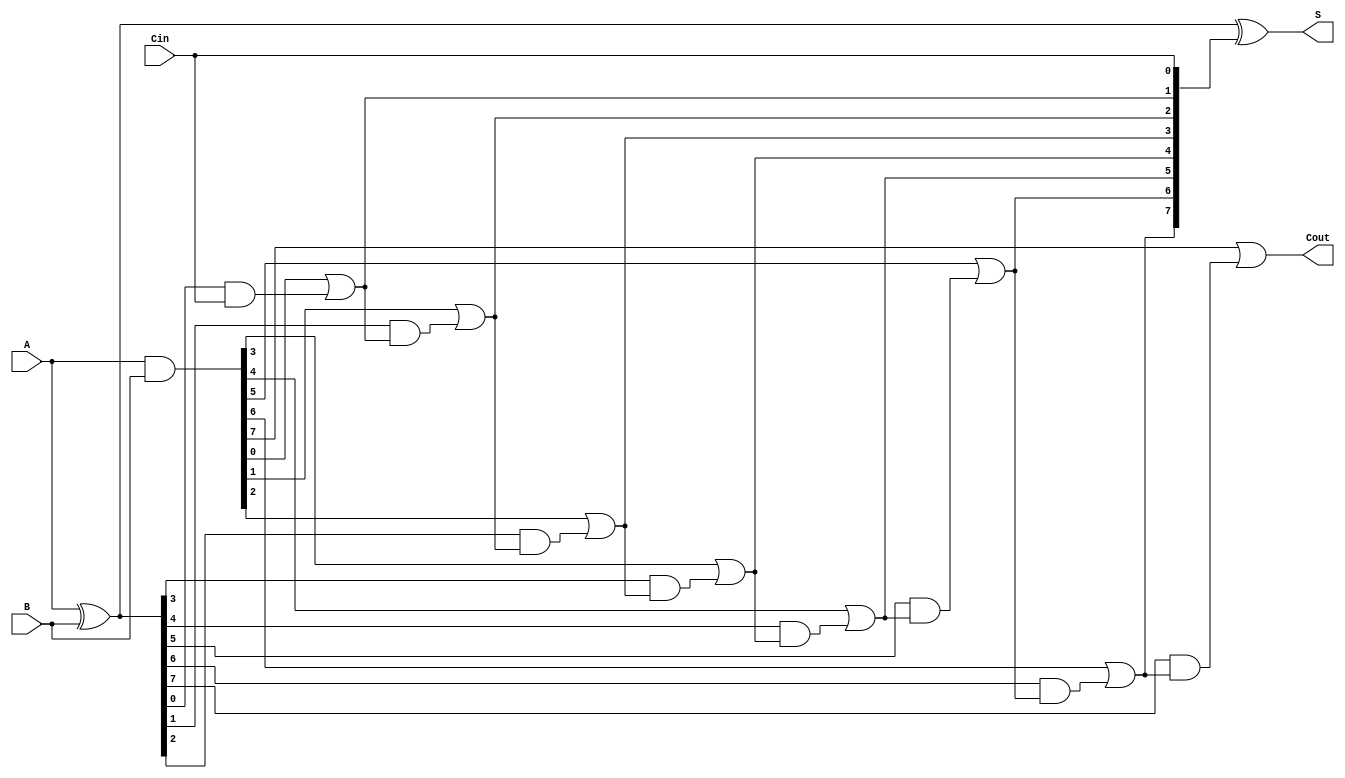
module Ling_Adder #(
    parameter N = 8 // Number of bits for A and B
)(
    input  wire [N-1:0] A,     // First n-bit binary number
    input  wire [N-1:0] B,     // Second n-bit binary number
    input  wire Cin,            // Carry-in
    output wire [N-1:0] S,      // n-bit sum output
    output wire Cout            // Carry-out
);

    wire [N-1:0] G; // Generate signals
    wire [N-1:0] P; // Propagate signals
    wire [N:0] C;   // Carry signals (C[0] = Cin, C[N] = Cout)

    // Generate and Propagate logic
    assign G = A & B;              // Generate signals
    assign P = A ^ B;              // Propagate signals

    // Carry signals generation
    assign C[0] = Cin;             // Initialize C[0] with Cin

    genvar i;
    generate
        for (i = 0; i < N; i = i + 1) begin : carry_generation
            assign C[i + 1] = G[i] | (P[i] & C[i]); // Carry generation
        end
    endgenerate

    // Sum calculation
    assign S = P ^ C[N-1:0]; // Sum output calculation

    // Final carry-out
    assign Cout = C[N]; // Carry-out

endmodule